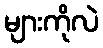
များကိုလဲ